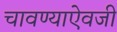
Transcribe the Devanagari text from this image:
चावण्याऐवजी